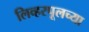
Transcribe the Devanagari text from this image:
लिव्हरपूलच्या